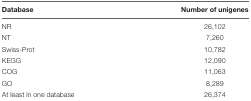
<table><thead><tr><td><b>Database</b></td><td><b>Number of unigenes</b></td></tr></thead><tbody><tr><td>NR</td><td>26,102</td></tr><tr><td>NT</td><td>7,260</td></tr><tr><td>Swiss-Prot</td><td>10,782</td></tr><tr><td>KEGG</td><td>12,090</td></tr><tr><td>COG</td><td>11,063</td></tr><tr><td>GO</td><td>8,289</td></tr><tr><td>At least in one database</td><td>26,374</td></tr></tbody></table>